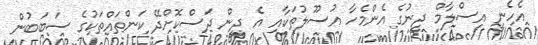
އެހެނީ އިސްލާމް ދީނުގެ އެންމެހާ އުސޫލުތަކާއި އެ ދީން ދަސްކޮށްދޭ ކަންތައްތަކުގެ ސަބަބުން